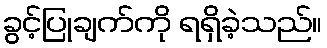
ခွင့်ပြုချက်ကို ရရှိခဲ့သည်။